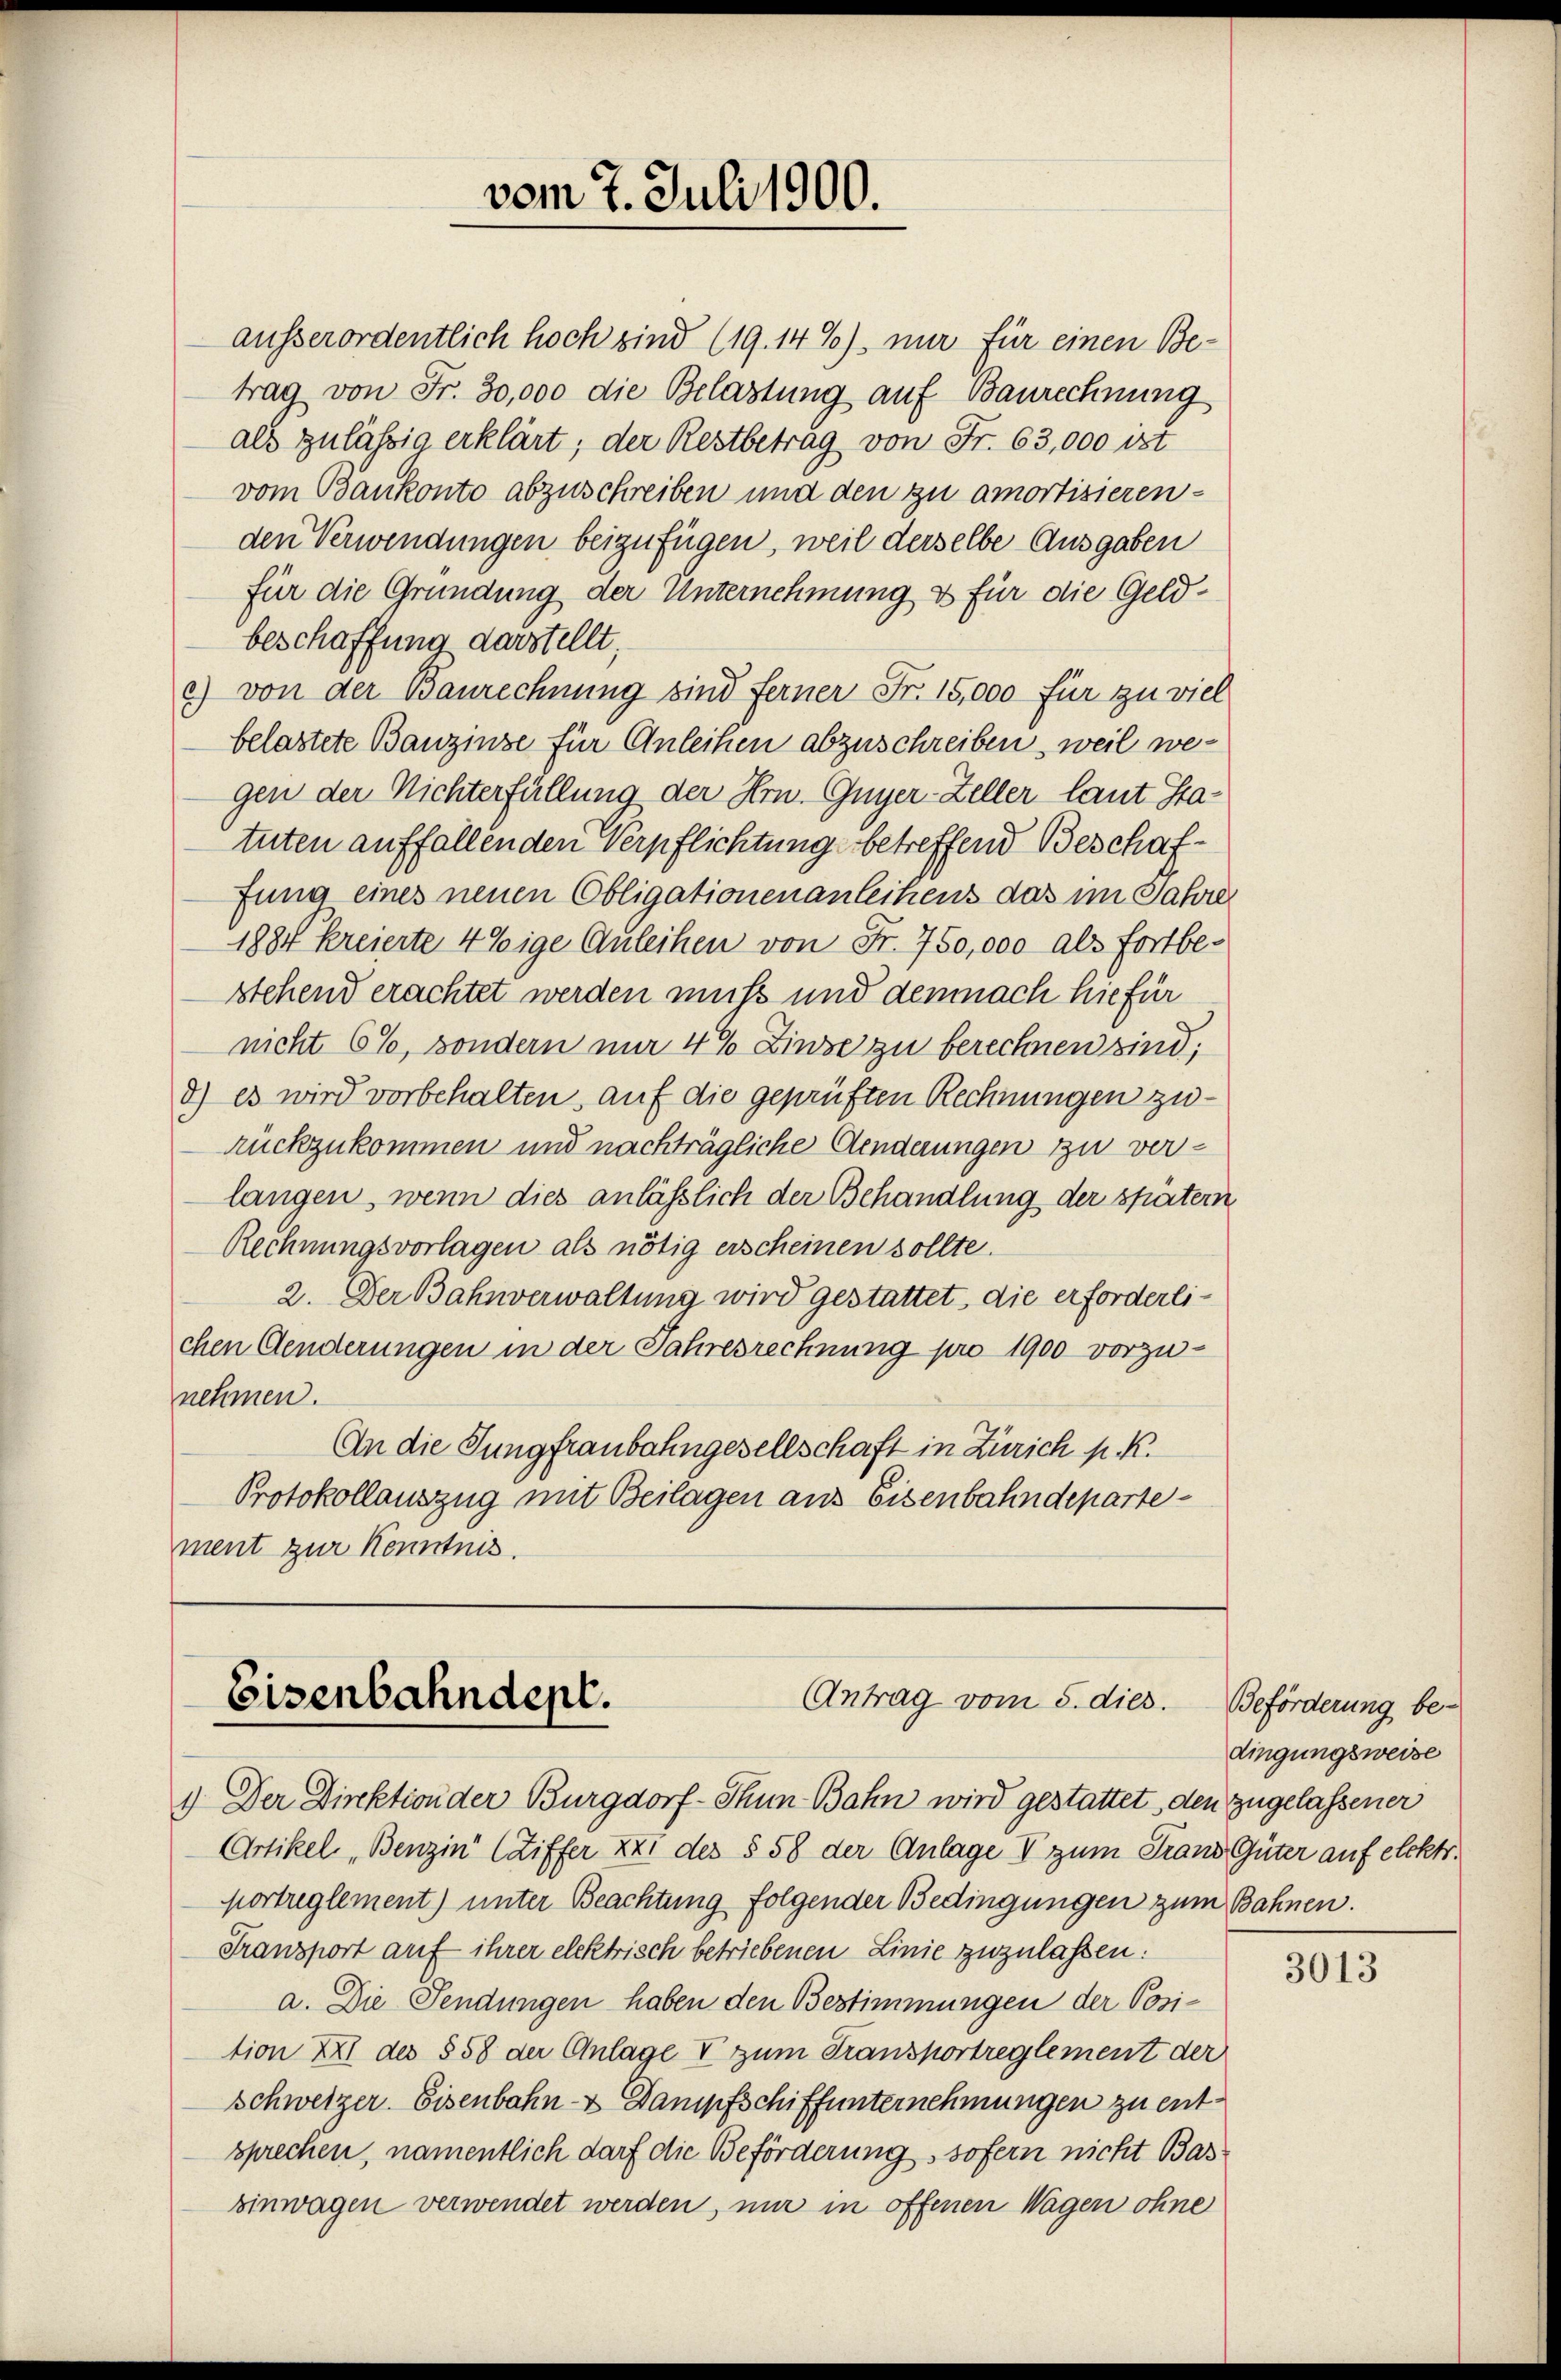
vom 7. Juli 1900.

ausserordentlich hoch sind (19.14%), nur für einen Be-
trag von Fr. 30,000 die Belastung auf Baurechnung
als zulässig erklärt; der Restbetrag von Fr. 63,000 ist
vom Bankonto abzuschreiben und den zu amortisierenden Verwendungen beizufügen, weil derselbe Ausgaben
für die Gründung der Unternehmung & für die Geldbeschaffung darstellt,
c) von der Baurechnung sind ferner Fr. 15,000 für zu viel
belastete Banzinse für Anleihen abzuschreiben, weil wegen der Nichterfüllung der Hrn. Guyer-Zeller laut Statuten auffallenden Verpflichtung betreffend Beschaffung eines neuen Obligationen anleihens das im Jahre
1884 kreierte 4 Eige Anleihen von Fr. 750,000 als Fortbestehend erachtet werden muss und demnach hiefür
nicht 6%, sondern nur 4% Zinse zu berechnen sind;
d) es wird vorbehalten, auf die geprüften Rechnungen zurückzukommen und nachträgliche Aenderungen zu verlangen, wenn dies anlässlich der Behandlung der später
Rechnungsvorlagen als nötig erscheinen sollte.
2. Der Bahnverwaltung wird gestattet, die erforderlichen Aenderungen in der Jahresrechnung pro 1900 vorzunehmen.
An die Jungfraubahngesellschaft in Zürich p. K.
Protokollauszug mit Beilagen aus Eisenbahndepartement zur Kenntnis.

Antrag vom 5. dies.
Eisenbahndept.

1) Der Direktion der Burgdorf - Thun Bahn wird gestattet, den zugelassener
Artikel „Benzin Stiffer XXI des § 58 der Anlage I zum Franz Güter auf elektr.
Mortreglement) unter Beachtung folgender Bedingungen zum Bahnen.
Franzport auf ihrer elektrisch betriebenen Linie zuzulassen:
a. Die Sendungen haben den Bestimmungen der Position XXI des § 58 der Anlage V zum Transportreglement der
Schweizer. Eisenbahn- & Dampfschiffunternehmungen zu entsprechen, namentlich darf die Beförderung sofern nicht Bas
zinwagen verwendet werden, nur in offenen Wagen ohne

Beförderung be-
dingungsweise

3013